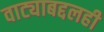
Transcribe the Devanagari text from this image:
वाट्याबद्दलही